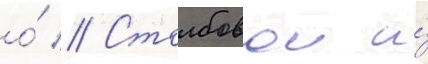
о́ // Столбовои и́